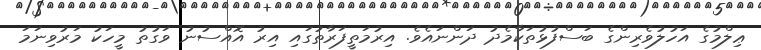
ޢިލްމުގެ އަހުލުވެރިންގެ ބަސްފުޅުތަކާމެދު ދަންނައެވެ. އިރުމަތީފަރާތުގައި އިރު އޮއްސުނު ވަގުތު މީހަކު މަރުވިނަމަ